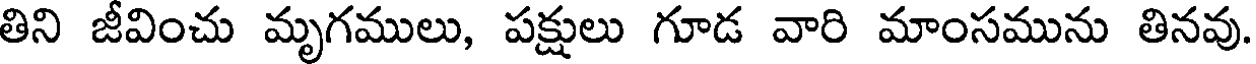
తిని జీవించు మృగములు, పక్షులు గూడ వారి మాంసమును తినవు